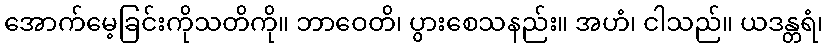
အောက်မေ့ခြင်းကိုသတိကို။ ဘာဝေတိ၊ ပွားစေသနည်း။ အဟံ၊ ငါသည်။ ယဒန္တရံ၊